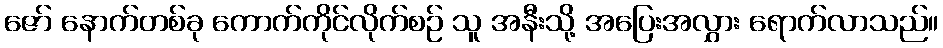
ဇော် နောက်တစ်ခု ကောက်ကိုင်လိုက်စဉ် သူ အနီးသို့ အပြေးအလွှား ရောက်လာသည်။